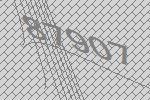
87907